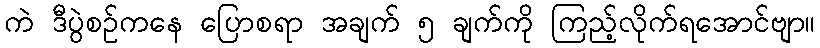
ကဲ ဒီပွဲစဥ်ကနေ ပြောစရာ အချက် ၅ ချက်ကို ကြည့်လိုက်ရအောင်ဗျာ။